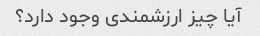
آیا چیز ارزشمندی وجود دارد؟